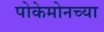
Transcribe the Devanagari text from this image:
पोकेमोनच्या